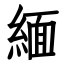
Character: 緬